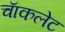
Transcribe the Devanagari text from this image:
चाॅकलेट